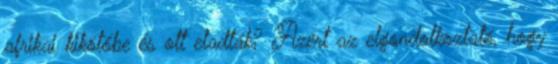
afrikai kikötőbe és ott eladták? Azért az elgondolkoztató, hogy